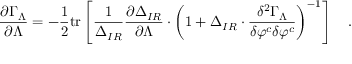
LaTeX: { \frac { \partial \Gamma _ { \Lambda } } { \partial \Lambda } } = - { \frac { 1 } { 2 } } \mathrm { t r } \left[ { \frac { 1 } { \Delta _ { I R } } } { \frac { \partial \Delta _ { I R } } { \partial \Lambda } } \cdot \left( 1 + \Delta _ { I R } \cdot { \frac { \delta ^ { 2 } \Gamma _ { \Lambda } } { \delta \varphi ^ { c } \delta \varphi ^ { c } } } \right) ^ { - 1 } \right] \quad .